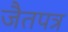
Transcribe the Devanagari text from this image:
जैतपत्र